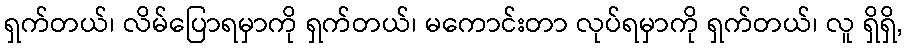
ရှက်တယ်၊ လိမ်ပြောရမှာကို ရှက်တယ်၊ မကောင်းတာ လုပ်ရမှာကို ရှက်တယ်၊ လူ ရှိရှိ,